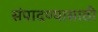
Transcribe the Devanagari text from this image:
संपादण्यासाठी